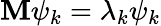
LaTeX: \mathbf{M}\psi_{k}=\lambda_{k}\psi_{k}